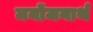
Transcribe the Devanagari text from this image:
मनोंजनार्थ